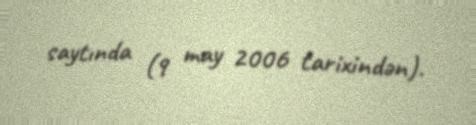
saytında (9 may 2006 tarixindən).